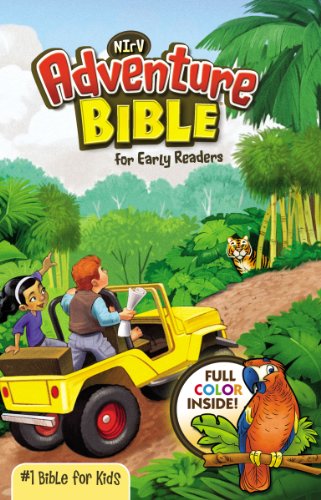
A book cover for Adventure Bible for Early Readers, NIrV; Christian Books & Bibles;